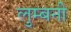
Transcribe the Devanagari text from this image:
लुम्बनी